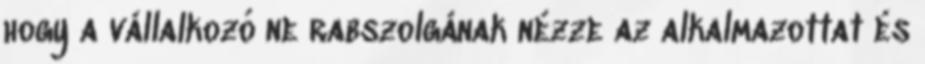
hogy a vállalkozó ne rabszolgának nézze az alkalmazottat és